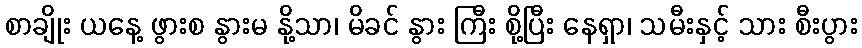
စာချိုး ယနေ့ ဖွားစ နွားမ နို့သာ၊ မိခင် နွား ကြီး စို့ပြီး နေရှာ၊ သမီးနှင့် သား စီးပွား